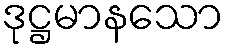
ဒုဋ္ဌမာနသော